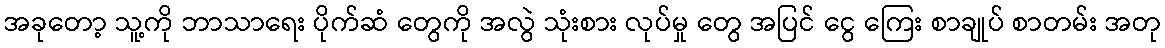
အခုတော့ သူ့ကို ဘာသာရေး ပိုက်ဆံ တွေကို အလွဲ သုံးစား လုပ်မှု တွေ အပြင် ငွေ ကြေး စာချုပ် စာတမ်း အတု